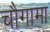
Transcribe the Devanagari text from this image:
चौगामा